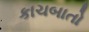
કાચબાતો